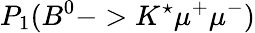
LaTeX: P_{1}(B^{0}->K^{\star}\mu^{+}\mu^{-})